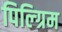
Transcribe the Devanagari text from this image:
पिल्ग्रिम